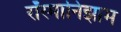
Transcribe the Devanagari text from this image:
रॉस्मानिझाम